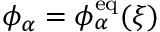
\phi _ { \alpha } = \phi _ { \alpha } ^ { \mathrm { e q } } ( \xi )